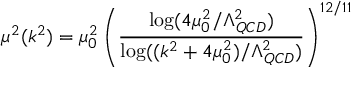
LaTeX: \mu ^ { 2 } ( k ^ { 2 } ) = \mu _ { 0 } ^ { 2 } \left( { \frac { \log ( 4 \mu _ { 0 } ^ { 2 } / \Lambda _ { Q C D } ^ { 2 } ) } { \log ( ( k ^ { 2 } + 4 \mu _ { 0 } ^ { 2 } ) / \Lambda _ { Q C D } ^ { 2 } ) } } \right) ^ { 1 2 / 1 1 }